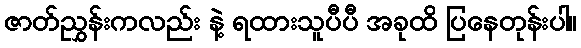
ဇာတ်ညွှန်းကလည်း နဲ့ ရထားသူပီပီ အခုထိ ပြနေတုန်းပါ။